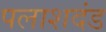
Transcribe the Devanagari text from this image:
पलाशदंड